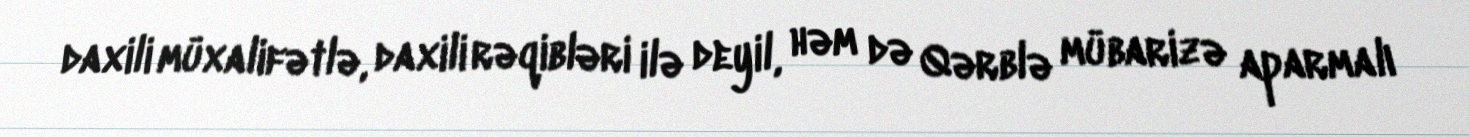
daxili müxalifətlə, daxili rəqibləri ilə deyil, həm də Qərblə mübarizə aparmalı